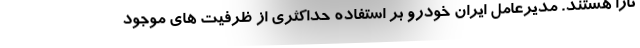
تارا هستند. مدیرعامل ایران خودرو بر استفاده حداکثری از ظرفیت های موجود